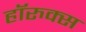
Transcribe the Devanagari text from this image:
हॉरुक्स